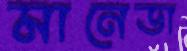
মানেডা